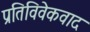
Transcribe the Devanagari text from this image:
प्रतिविवेकवाद